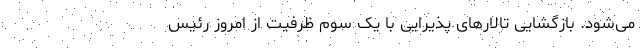
می‌شود. بازگشایی تالار‌های پذیرایی با یک سوم ظرفیت از امروز رئیس